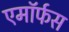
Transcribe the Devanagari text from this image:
एमॉर्फस